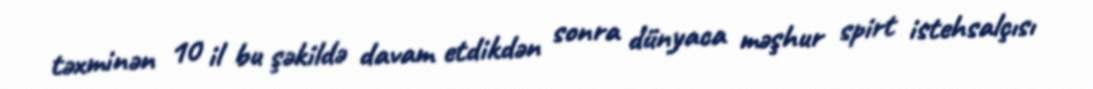
təxminən 10 il bu şəkildə davam etdikdən sonra dünyaca məşhur spirt istehsalçısı